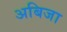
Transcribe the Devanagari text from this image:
अबिजा